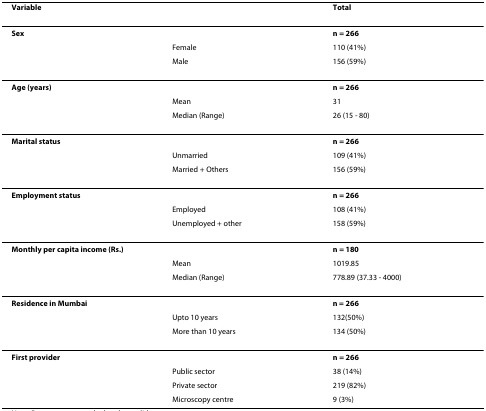
<table><thead><tr><td><b>Variable</b></td><td></td><td><b>Total</b></td></tr></thead><tbody><tr><td colspan="2"><b>Sex</b></td><td><b>n = 266</b></td></tr><tr><td></td><td>Female</td><td>110 (41%)</td></tr><tr><td></td><td>Male</td><td>156 (59%)</td></tr><tr><td colspan="2"><b>Age (years)</b></td><td><b>n = 266</b></td></tr><tr><td></td><td>Mean</td><td>31</td></tr><tr><td></td><td>Median (Range)</td><td>26 (15 - 80)</td></tr><tr><td colspan="2"><b>Marital status</b></td><td><b>n = 266</b></td></tr><tr><td></td><td>Unmarried</td><td>109 (41%)</td></tr><tr><td></td><td>Married + Others</td><td>156 (59%)</td></tr><tr><td colspan="2"><b>Employment status</b></td><td><b>n = 266</b></td></tr><tr><td></td><td>Employed</td><td>108 (41%)</td></tr><tr><td></td><td>Unemployed + other</td><td>158 (59%)</td></tr><tr><td colspan="2"><b>Monthly per capita income (Rs.)</b></td><td><b>n = 180</b></td></tr><tr><td></td><td>Mean</td><td>1019.85</td></tr><tr><td></td><td>Median (Range)</td><td>778.89 (37.33 - 4000)</td></tr><tr><td colspan="2"><b>Residence in Mumbai</b></td><td><b>n = 266</b></td></tr><tr><td></td><td>Upto 10 years</td><td>132(50%)</td></tr><tr><td></td><td>More than 10 years</td><td>134 (50%)</td></tr><tr><td colspan="2"><b>First provider</b></td><td><b>n = 266</b></td></tr><tr><td></td><td>Public sector</td><td>38 (14%)</td></tr><tr><td></td><td>Private sector</td><td>219 (82%)</td></tr><tr><td></td><td>Microscopy centre</td><td>9 (3%)</td></tr></tbody></table>